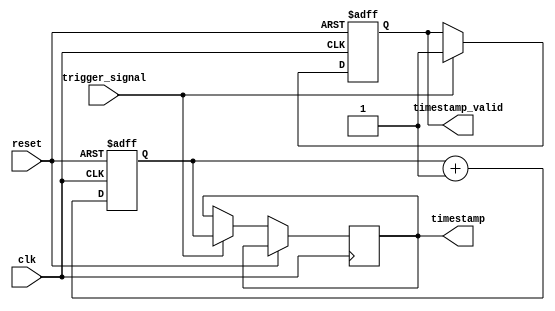
module timing_control_sync (
    input wire clk,             // input clock signal
    input wire reset,           // input reset signal
    input wire trigger_signal,  // input trigger signal for timestamping

    output reg timestamp_valid, // output timestamp valid signal
    output reg [31:0] timestamp // output timestamp value
);

reg [31:0] timer; // internal timer for tracking elapsed time

always @(posedge clk or posedge reset) begin
    if (reset) begin
        timer <= 32'h0; // reset timer
        timestamp_valid <= 1'b0; // clear timestamp valid signal
    end else begin
        timer <= timer + 1; // increment timer
        if (trigger_signal) begin
            timestamp_valid <= 1'b1; // set timestamp valid signal
            timestamp <= timer; // store current timestamp value
        end
    end
end

endmodule